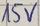
Text: 15V